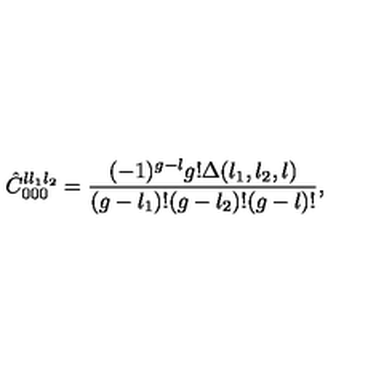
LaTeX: \hat { C } _ { 0 0 0 } ^ { l l _ { 1 } l _ { 2 } } = { \frac { ( - 1 ) ^ { g - l } g ! \Delta ( l _ { 1 } , l _ { 2 } , l ) } { ( g - l _ { 1 } ) ! ( g - l _ { 2 } ) ! ( g - l ) ! } } ,